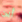
أين